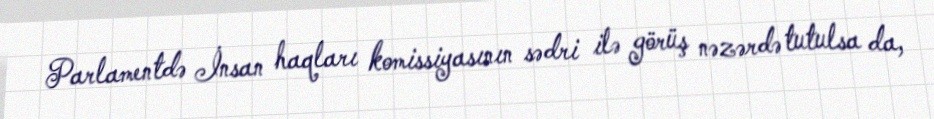
Parlamentdə İnsan haqları komissiyasının sədri ilə görüş nəzərdə tutulsa da,